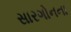
સારગોનના